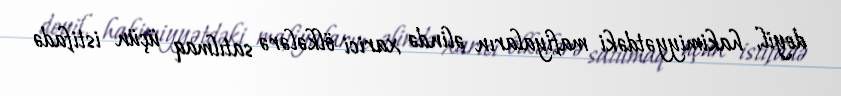
deyil, hakimiyyətdəki mafiyaların əlində xarici ölkələrə satılmaq üçün istifadə